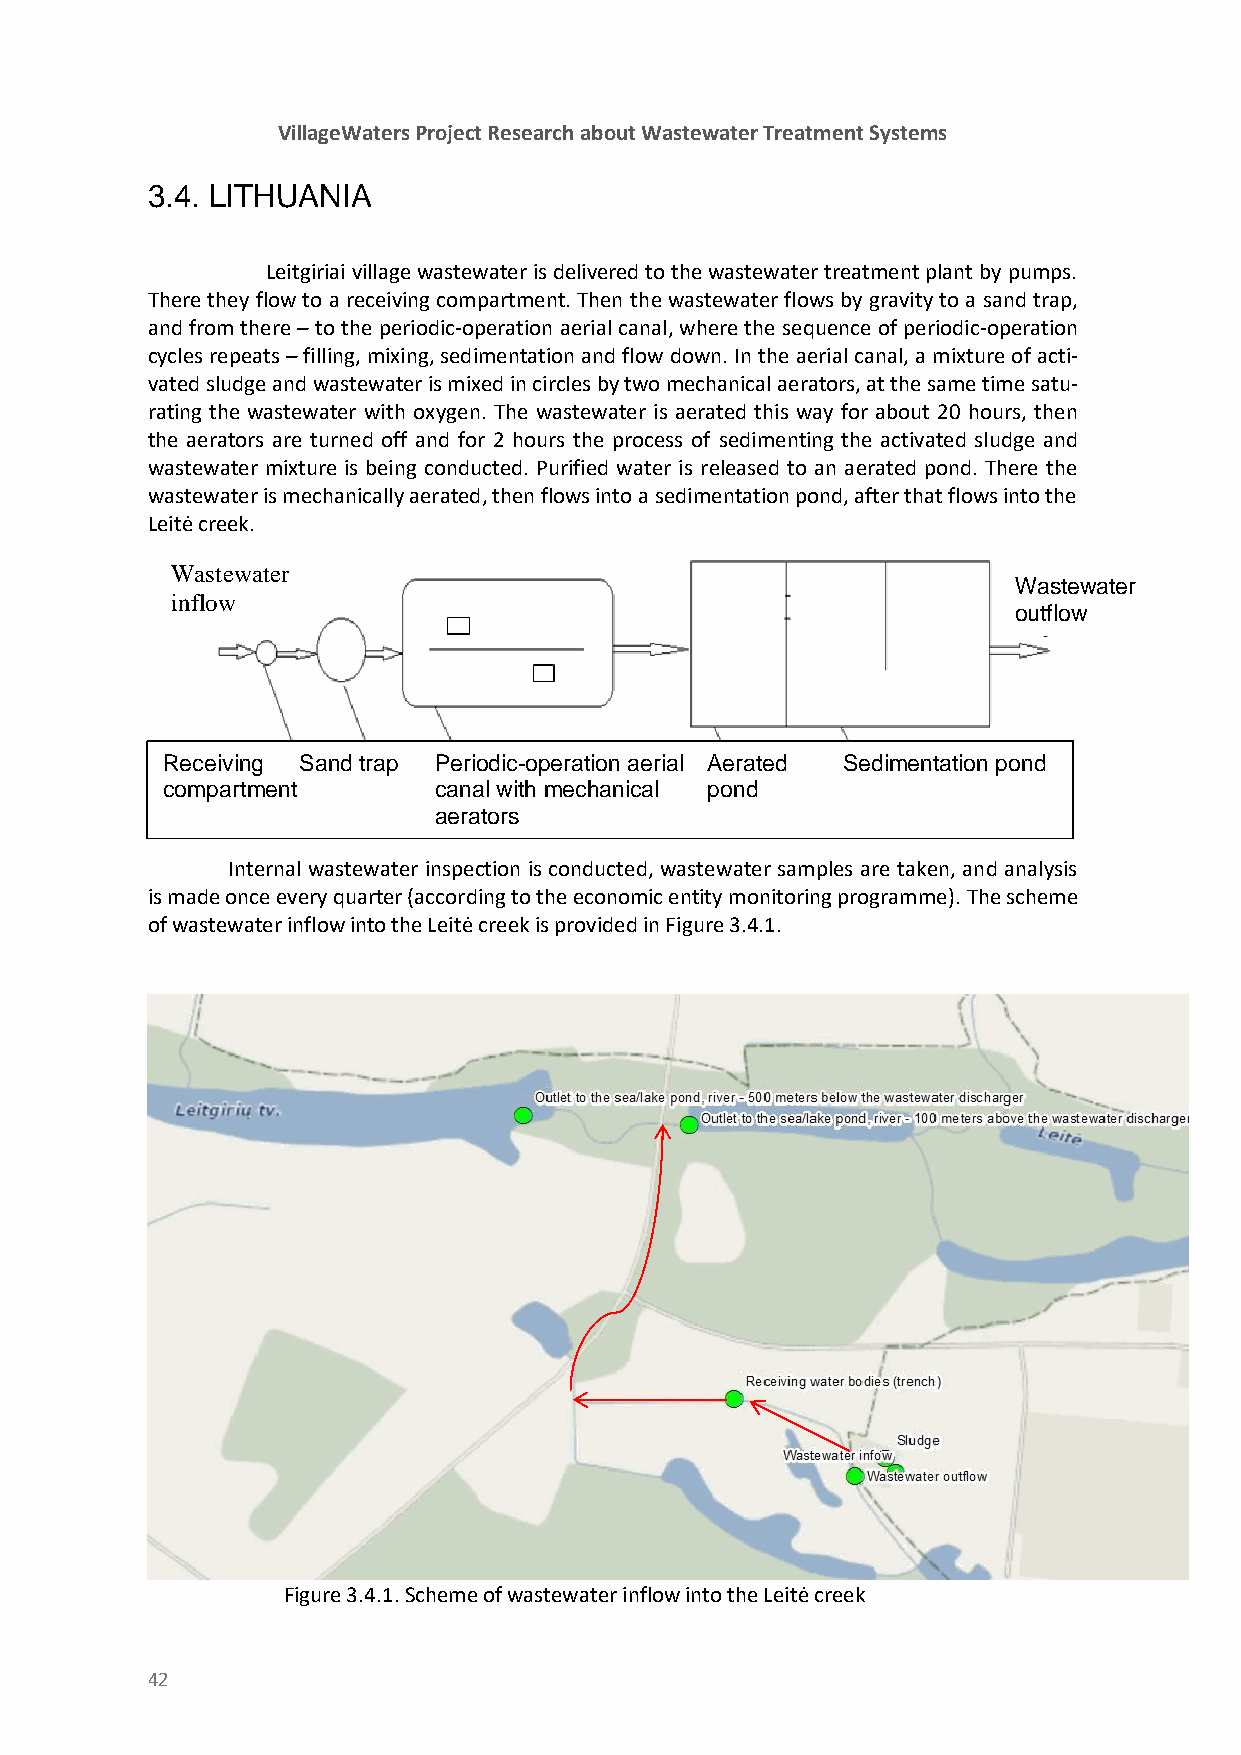
VillageWaters Project Research about Wastewater Treatment Systems
 3.4. LITHUANIA
 Leitgiriai village wastewater is delivered to the wastewater treatment plant by pumps.
 There they flow to a receiving compartment. Then the wastewater flows by gravity to a sand trap,
 and from there – to the periodic-operation aerial canal, where the sequence of periodic-operation
 cycles repeats – filling, mixing, sedimentation and flow down. In the aerial canal, a mixture of acti-
 vated sludge and wastewater is mixed in circles by two mechanical aerators, at the same time satu-
 rating the wastewater with oxygen. The wastewater is aerated this way for about 20 hours, then
 the aerators are turned off and for 2 hours the process of sedimenting the activated sludge and
 wastewater mixture is being conducted. Purified water is released to an aerated pond. There the
 wastewater is mechanically aerated, then flows into a sedimentation pond, after that flows into the
 Leitė creek.
 Wastewater
 Wastewater
 inflow
 outflow
 Receiving Sand trap Periodic-operation aerial Aerated Sedimentation pond
 compartment       canal with mechanical pond
 aerators
 Internal wastewater inspection is conducted, wastewater samples are taken, and analysis
 is made once every quarter (according to the economic entity monitoring programme). The scheme
 of wastewater inflow into the Leitė creek is provided in Figure 3.4.1.
 Figure 3.4.1. Scheme of wastewater inflow into the Leitė creek
 42